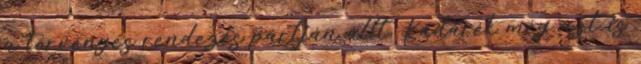
a törvényes rendezés pártján állt, Kádárék még azt is